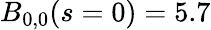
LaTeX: B_{0,0}(s=0)=5.7